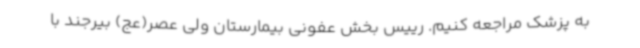
به پزشک مراجعه کنیم. رییس بخش عفونی بیمارستان ولی عصر(عج) بیرجند با